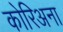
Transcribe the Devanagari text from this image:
कोरिअना